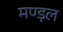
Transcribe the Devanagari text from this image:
मण्ड़ल